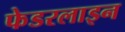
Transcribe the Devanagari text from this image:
फेडरलाइन